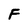
Character: F